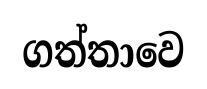
ගත්තාවෙ